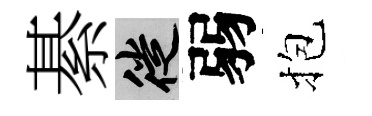
綦徙弱抱